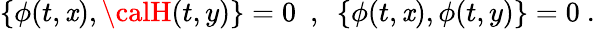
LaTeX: \{ \phi(t,\mathit{x}),{\calH}(t,y)\} =0\ \ ,\ \ \{ \phi(t,\mathit{x}),\phi(t,y)\} =0\ .